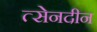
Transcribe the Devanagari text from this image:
त्सेनदीन